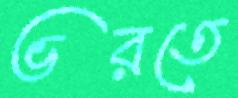
ভরতে